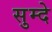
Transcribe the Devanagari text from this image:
सुम्दे